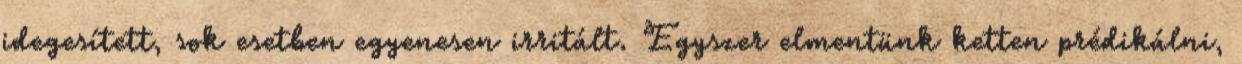
idegesített, sok esetben egyenesen irritált. Egyszer elmentünk ketten prédikálni,